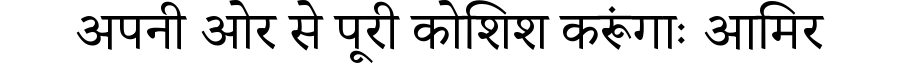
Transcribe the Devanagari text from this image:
अपनी ओर से पूरी कोशिश करूंगाः आमिर